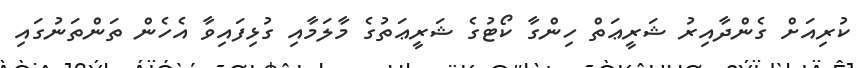
ކުރިއަށް ގެންދާއިރު ޝަރީޢަތް ހިންގާ ކޯޓުގެ ޝަރީޢަތުގެ މާލަމާއި ގުޅިފައިވާ އެހެން ތަންތަނުގައި